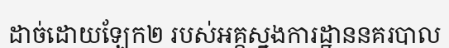
ដាច់ដោយឡែក២ របស់អគ្គស្នងការដ្ឋាននគរបាល